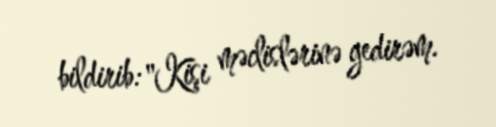
bildirib: "Kişi məclislərinə gedirəm.